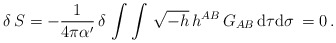
\begin{align*}\delta \, S = - \frac{1}{4 \pi {\alpha}' } \, \delta \, \int\int \, \sqrt{- h} \, h^{AB} \, G_{AB} \, {\rm d} \tau {\rm d}\sigma \, = 0 \, . \end{align*}